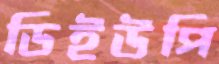
ডিইউপি